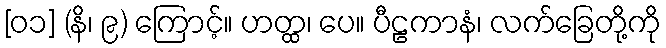
[၀၁] (နိ၊ ၉) ကြောင့်။ ဟတ္ထ၊ ပေ။ ပီဠကာနံ၊ လက်ခြေတို့ကို